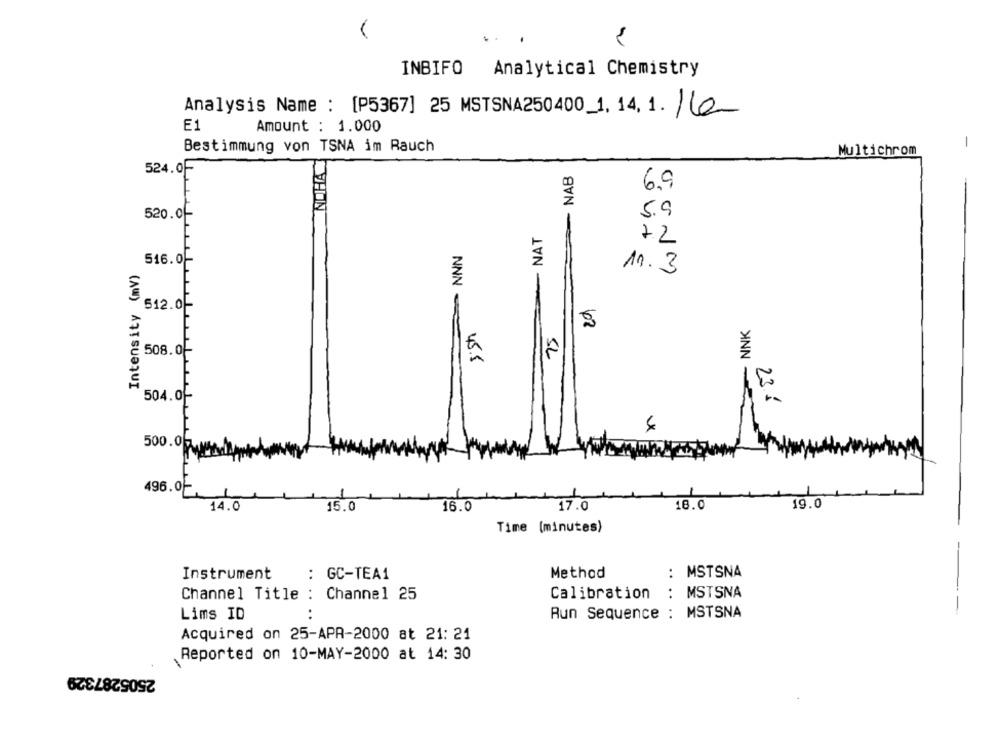
INBIFO
Analytical Chemistry
Analysis Name : [P5367] 25 MSTSNA250400_1. 14,1. /le
E1
Amount : 1.000
Bestimmung von TSNA im Rauch
1
NOHA
Multichrom
524.0F
- NAB
6,9
520.0-
5.9
- NAT
22
NNN
516.0
Intensity (mV)
11.3
512.0
29
5.5h
NNK
75
508.0-
504.0-
235
500.07
496.0
19.0
14.0
15.0
16.0
17.0
18.0
Time (minutes)
..
Instrument
: GC-TEA1
Method
MSTSNA
Channel Title : Channel 25
Calibration
: MSTSNA
Lims ID
Run Sequence : MSTSNA
Acquired on 25-APR-2000 at 21: 21
Reported on 10-MAY-2000 at 14: 30
2505287329